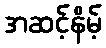
အဆင့်နိမ့်